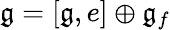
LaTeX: {\mathfrak{g}}=[{\mathfrak{g}},e]\oplus{\mathfrak{g}}_{f}